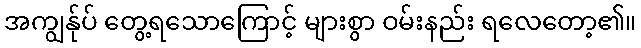
အကျွန်ုပ် တွေ့ရသောကြောင့် များစွာ ဝမ်းနည်း ရလေတော့၏။